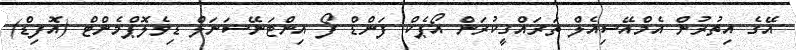
އޭގެ އިތުރުން އެމްއޭސިއެލް ތަރައްގީކުރަން އޯޕެކް ފަންޑް ފޯ އިންޓަނޭޝަނަލް ޑިވެލޮޕްމެންޓް (އޮފިޑް)